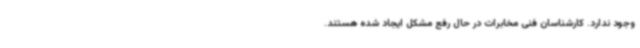
وجود ندارد. کارشناسان فنی مخابرات در حال رفع مشکل ایجاد شده هستند.